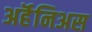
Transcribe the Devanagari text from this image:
अर्हॆनिअस